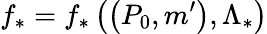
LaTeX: f_{\ast}=f_{\ast}\left(\left(P_{0},m^{\prime}\right),\Lambda_{\ast}\right)